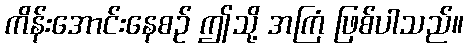
ကိန်းအောင်းနေစဉ် ဤသို့ အကြံ ဖြစ်ပါသည်။